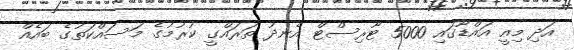
އަދި މިއީ އައްޑޫގައި 5000 ޓޫރިސްޓް އެނދު ތަރައްގީ ކުރުމުގެ މަސައްކަތުގެ ބައެއް